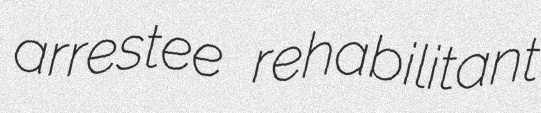
arrestee rehabilitant